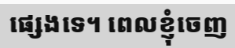
ផ្សេងទេ។ ពេលខ្ញុំចេញ